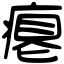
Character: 瘪